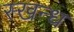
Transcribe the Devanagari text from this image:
स्खन्ध